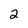
Character: 2